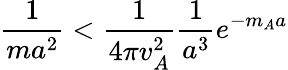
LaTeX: \frac 1{ma^{2}}<\frac 1{4\pi v_{A}^{2}}\frac 1{a^{3}}e^{-m_{A}a}